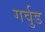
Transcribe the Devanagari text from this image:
गर्वुड